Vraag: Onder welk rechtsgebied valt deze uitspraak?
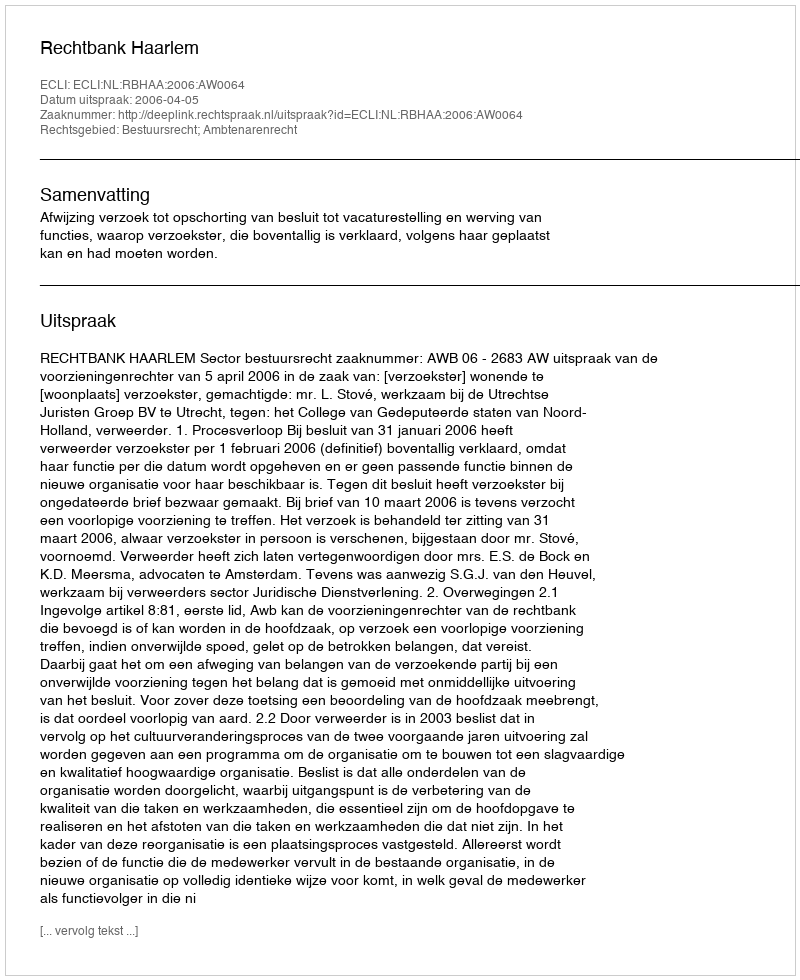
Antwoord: Bestuursrecht; Ambtenarenrecht